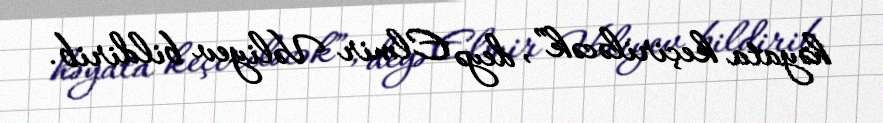
həyata keçiriləcək”, deyə Elmir Vəliyev bildirib.